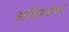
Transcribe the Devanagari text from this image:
अग्निप्रयोगी